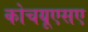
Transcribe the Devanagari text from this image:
कोचयूएसए